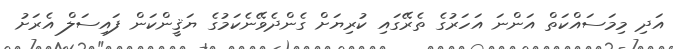
އަދި މިމަސައްކަތް އަންނަ އަހަރުގެ ތެރޭގައި ކުރިޔަށް ގެންދެވޭނެކަމުގެ ޔަޤީންކަން ފައިސަލް އެރަށު